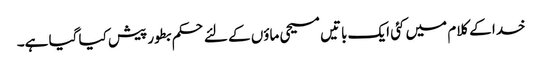
خدا کے کلام میں کئی ایک باتیں مسیحی ماؤں کے لئے حکم بطور پیش کیا گیا ہے۔